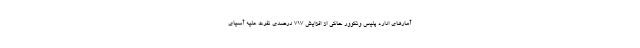
آمارهای اداره پلیس ونکوور حاکی از افزایش ۷۱۷ درصدی نفرت علیه آسیای